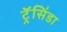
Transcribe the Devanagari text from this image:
ट्रॅसिंडा